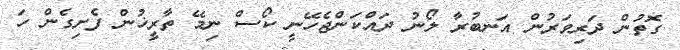
ގޮތުން ދަރިވަރުން އަނބުރާ ލޯނު ދައްކަންޖެހޭނީ ކޯސް ނިމޭ ތާރީޚުން ފެށިގެން ހަ